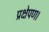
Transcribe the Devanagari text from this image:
प्रक्षेपण।